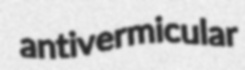
antivermicular